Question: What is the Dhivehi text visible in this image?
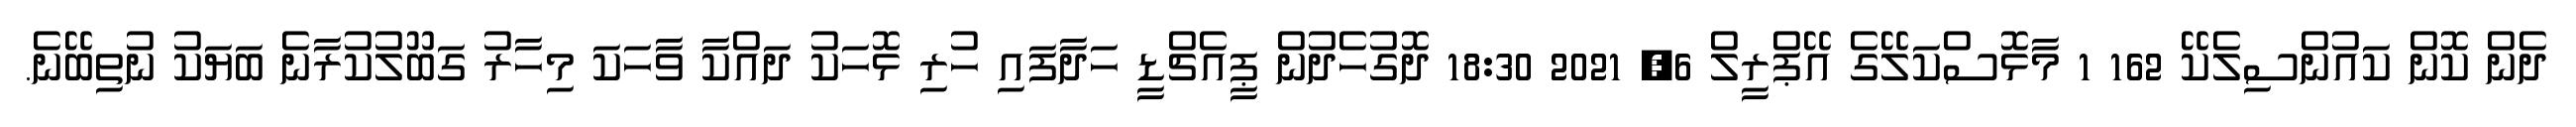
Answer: ދެން ކޮން ކައުންސިލެކޭ 162 1 މާޅޮސްކަލޭގެ އޭޕްރީލް 6, 2021 18:30 ދޮގުހެދުން ޕީއެޗްޑީ ހަދާފައި ހުރި ޅޮހަކު ދައްކާ ވާހަކަ މިހާރު ގަބޫލުކުރާނެ ބަޔަކު ނުތިބޭނެ.